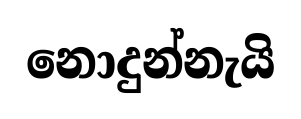
නොදුන්නැයි